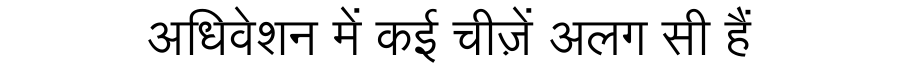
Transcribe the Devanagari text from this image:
अधिवेशन में कई चीज़ें अलग सी हैं